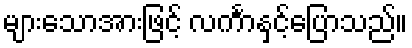
များသောအားဖြင့် လင်္ကာနှင့်ပြောသည်။